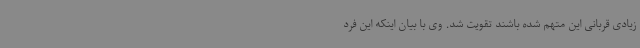
زیادی قربانی این متهم شده باشند تقویت شد. وی با بیان اینکه این فرد